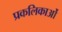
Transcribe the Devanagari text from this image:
प्रकलिकाओं